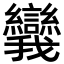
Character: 𪭗